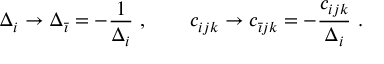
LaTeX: \Delta _ { i } \rightarrow \Delta _ { \bar { \imath } } = - { \frac { 1 } { \Delta _ { i } } } \ , \qquad c _ { i j k } \rightarrow c _ { \bar { \imath } j k } = - { \frac { c _ { i j k } } { \Delta _ { i } } } \ .